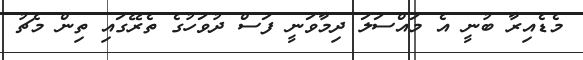
މެޑެއިރާ ބުނީ އެ މައްސަލަ ދިމާވަނީ ފަސް ދުވަހުގެ ތެރޭގައި ތިން މެޗު